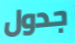
جدول